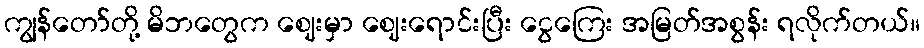
ကျွန်တော်တို့ မိဘတွေက ဈေးမှာ ဈေးရောင်းပြီး ငွေကြေး အမြတ်အစွန်း ရလိုက်တယ်။